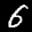
Label: 6